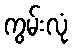
ကွမ်းလုံ